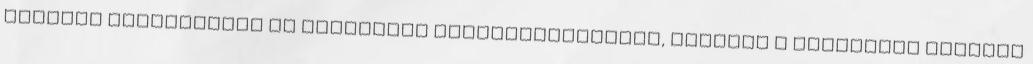
értéket pusztítanak el seggnyaló elvakultságukban, melynek a közelében tisztán